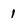
Character: 1